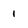
Character: 1